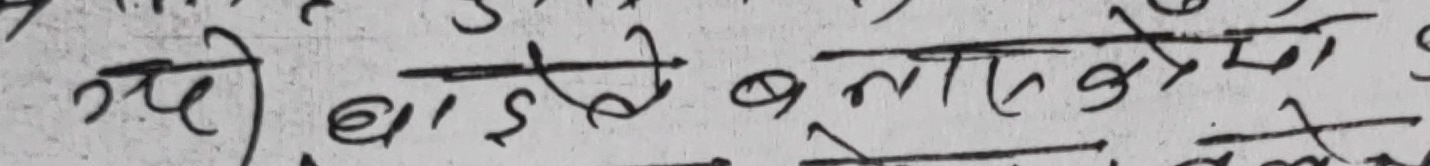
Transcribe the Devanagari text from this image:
गई बाँडे बना सके मो